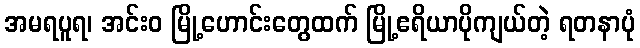
အမရပူရ၊ အင်းဝ မြို့ဟောင်းတွေထက် မြို့ဧရိယာပိုကျယ်တဲ့ ရတနာပုံ